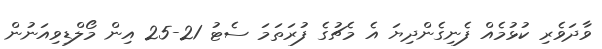
ވާދަވެރި ކުޅުމެއް ފެނިގެންދިޔަ އެ މެޗުގެ ފުރަތަމަ ސެޓު 21-25 އިން މޯލްޑިވިއަނުން